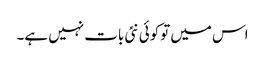
اس میں توکوئی نئی بات نہیں ہے۔